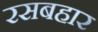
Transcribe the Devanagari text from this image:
रसबहार